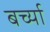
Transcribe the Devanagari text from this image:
बर्च्या